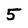
Character: 5